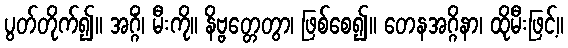
ပွတ်တိုက်၍။ အဂ္ဂိံ၊ မီးကို။ နိဗ္ဗတ္တေတွာ၊ ဖြစ်စေ၍။ တေနအဂ္ဂိနာ၊ ထိုမီးဖြင့်။